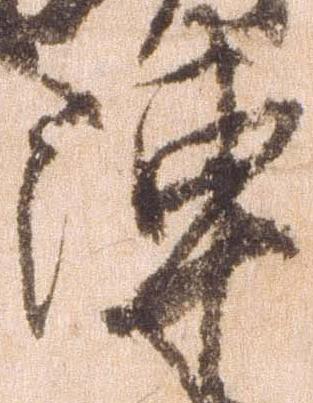
陣